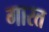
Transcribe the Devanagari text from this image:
गारत